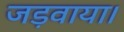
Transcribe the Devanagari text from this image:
जड़वाया।